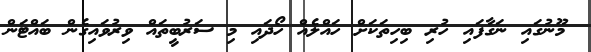
މޫނުގައި ނަގާފައި ހުރި ބިހިތަކަށް ހައްލެއް ހޯދައި މި ސަރުބީތައް ވިރުވައިގެން ބައްޓަން